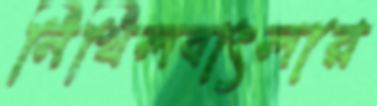
নিখিলবাংলার